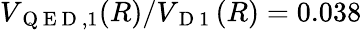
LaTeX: V_{\mathrm{~Q~E~D~},1}(R)/V_{\mathrm{~D~1~}}(R)=0.038